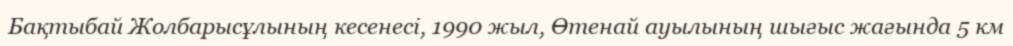
Бақтыбай Жолбарысұлының кесенесі, 1990 жыл, Өтенай ауылының шығыс жағында 5 км